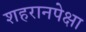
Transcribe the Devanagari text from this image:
शहरानपेक्षा